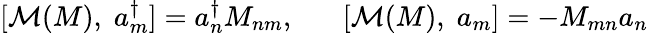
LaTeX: [{\cal M}(M),\; a_{m}^{\dagger}]=a_{n}^{\dagger}M_{nm},\; \; \; \; \; \; [{\cal M}(M),\; a_{m}]=-M_{mn}a_{n}